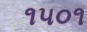
૧૫૦૧